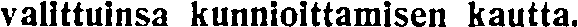
valittuinsa kunnioittamisen kautta.